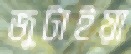
জুটাইয়া